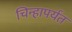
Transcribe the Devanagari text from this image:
चिन्हापर्यंत